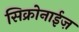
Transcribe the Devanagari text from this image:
सिक्रोनाईज़